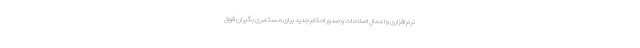
نرم افزاری و اعمال اصلاحات و صدور احکام جدید برای مستمری بگیران فوق